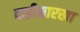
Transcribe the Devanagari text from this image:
दाडीसारखा